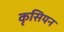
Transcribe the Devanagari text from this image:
कृसियन